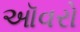
ઑવરો